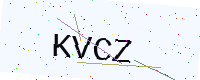
Text: KVCZ